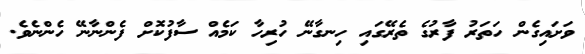
ވަށައިގެން ހަތަރު ފާރުގެ ތެރޭގައި ހިނގާނޭ ހުރިހާ ކަމެއް ސާފުކޮށް ފެންނާނޭ ހެންނެވެ.